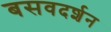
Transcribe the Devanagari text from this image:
बसवदर्शन